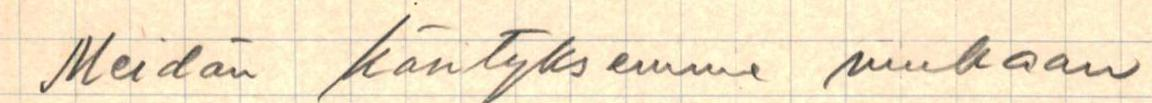
Meidän käsityksemme mukaan